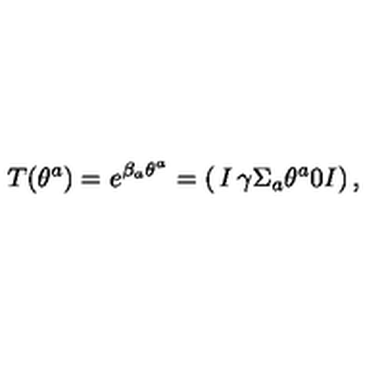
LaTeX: T ( \theta ^ { a } ) = e ^ { \beta _ { a } \theta ^ { a } } = \left( \begin{matrix} { I } & { \gamma \Sigma _ { a } \theta ^ { a } } \\ { 0 } & { I } \\ \end{matrix} \right) ,